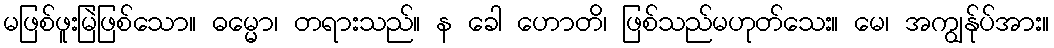
မဖြစ်ဖူးမြဲဖြစ်သော။ ဓမ္မော၊ တရားသည်။ န ခေါ ဟောတိ၊ ဖြစ်သည်မဟုတ်သေး။ မေ၊ အကျွန်ုပ်အား။